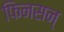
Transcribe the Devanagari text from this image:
फिनसन्‌